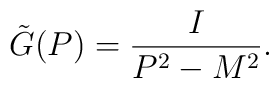
\tilde G(P) = \frac{I}{P^2 - M^2}.